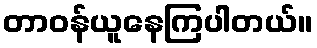
တာဝန်ယူနေကြပါတယ်။